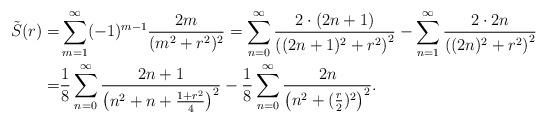
LaTeX: \begin{align*}\tilde{S}(r)=&\sum_{m=1}^{\infty}(-1)^{m-1}\frac{2m}{(m^2+r^2)^2}=\sum_{n=0}^{\infty}\frac{2\cdot (2n+1)}{\left((2n+1)^2+r^2\right)^2}-\sum_{n=1}^{\infty}\frac{2\cdot 2n}{\left((2n)^2+r^2\right)^2}\\=&\frac 18\sum_{n=0}^{\infty}\frac{2n+1}{\left(n^2+n+\frac {1+r^2}{4}\right)^2}-\frac 18\sum_{n=0}^{\infty}\frac{2n}{\left(n^2+(\frac r2)^2\right)^2}.\end{align*}